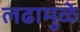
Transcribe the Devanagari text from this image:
लढामुळे